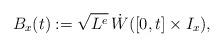
LaTeX: \begin{align*}B_{x}(t):=\sqrt{L^e}\,\dot{W}([0,t]\times I_{x}),\end{align*}